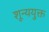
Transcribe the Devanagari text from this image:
शून्ययुक्त